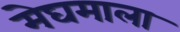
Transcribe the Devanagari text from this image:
मेघमाला